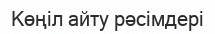
Көңіл айту рәсімдері